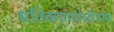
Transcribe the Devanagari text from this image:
प्रतिकणपोजीट्रॉन